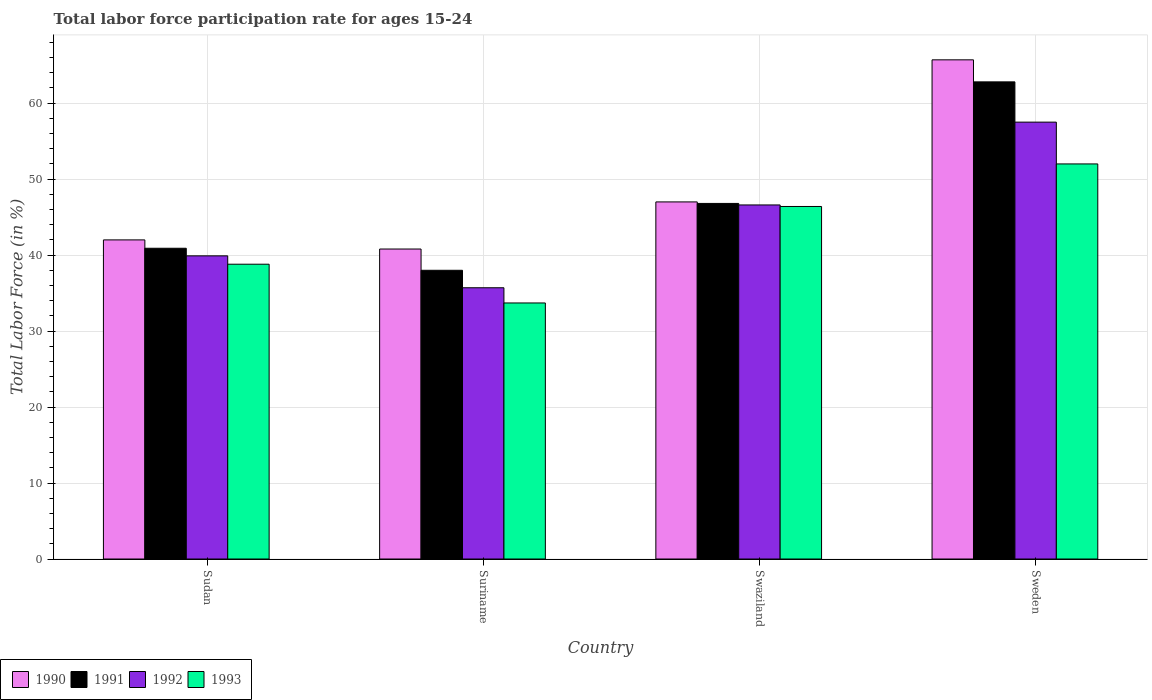
| Country | 1990 | 1991 | 1992 | 1993 |
 | --- | --- | --- | --- | --- |
 | Sudan | 42 | 40.9 | 39.9 | 38.8 |
 | Suriname | 40.8 | 38 | 35.7 | 33.7 |
 | Swaziland | 47 | 46.8 | 46.6 | 46.4 |
 | Sweden | 65.7 | 62.8 | 57.5 | 52 |